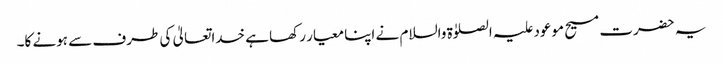
یہ حضرت مسیح موعود علیہ الصلوٰۃ والسلام نے اپنا معیار رکھا ہے خداتعالیٰ کی طرف سے ہونے کا۔